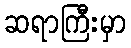
ဆရာကြီးမှာ